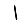
Digit: 1